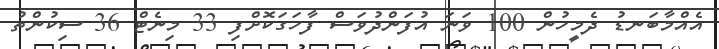
އެއްމާބަނޑު ދެމީހުން 100 ވަނަ އުފަންދުވަސް ފާހަގަކޮށްފި 33 މިނެޓް 36 ސިކުންތު